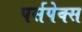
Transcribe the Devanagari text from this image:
पर्सपेक्स